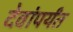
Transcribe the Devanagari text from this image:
देवांपर्यंत